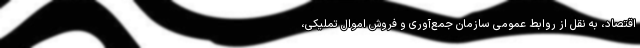
اقتصاد، به نقل از روابط عمومی سازمان جمع‌آوری و فروش اموال تملیکی،